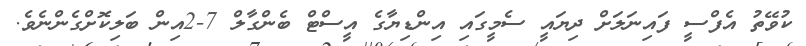
ކުވޭތު އެފްސީ ފައިނަލަށް ދިޔައީ ސެމީގައި އިންޑިޔާގެ އީސްޓް ބެންގާލް 7-2އިން ބަލިކޮށްގެންނެވެ.